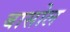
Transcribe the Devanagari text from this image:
बासोल